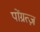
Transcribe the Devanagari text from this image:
पोंग्रत्ज़